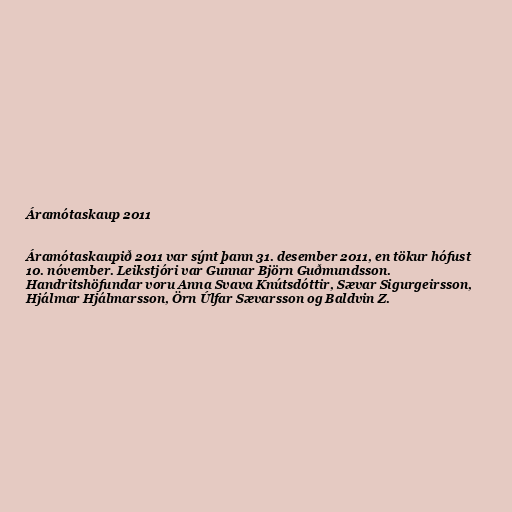
Áramótaskaup 2011

Áramótaskaupið 2011 var sýnt þann 31. desember 2011, en tökur hófust
10. nóvember. Leikstjóri var Gunnar Björn Guðmundsson.
Handritshöfundar voru Anna Svava Knútsdóttir, Sævar Sigurgeirsson,
Hjálmar Hjálmarsson, Örn Úlfar Sævarsson og Baldvin Z.